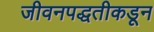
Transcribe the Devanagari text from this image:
जीवनपद्धतीकडून